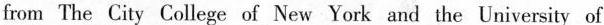
from The City College of New York and the University of